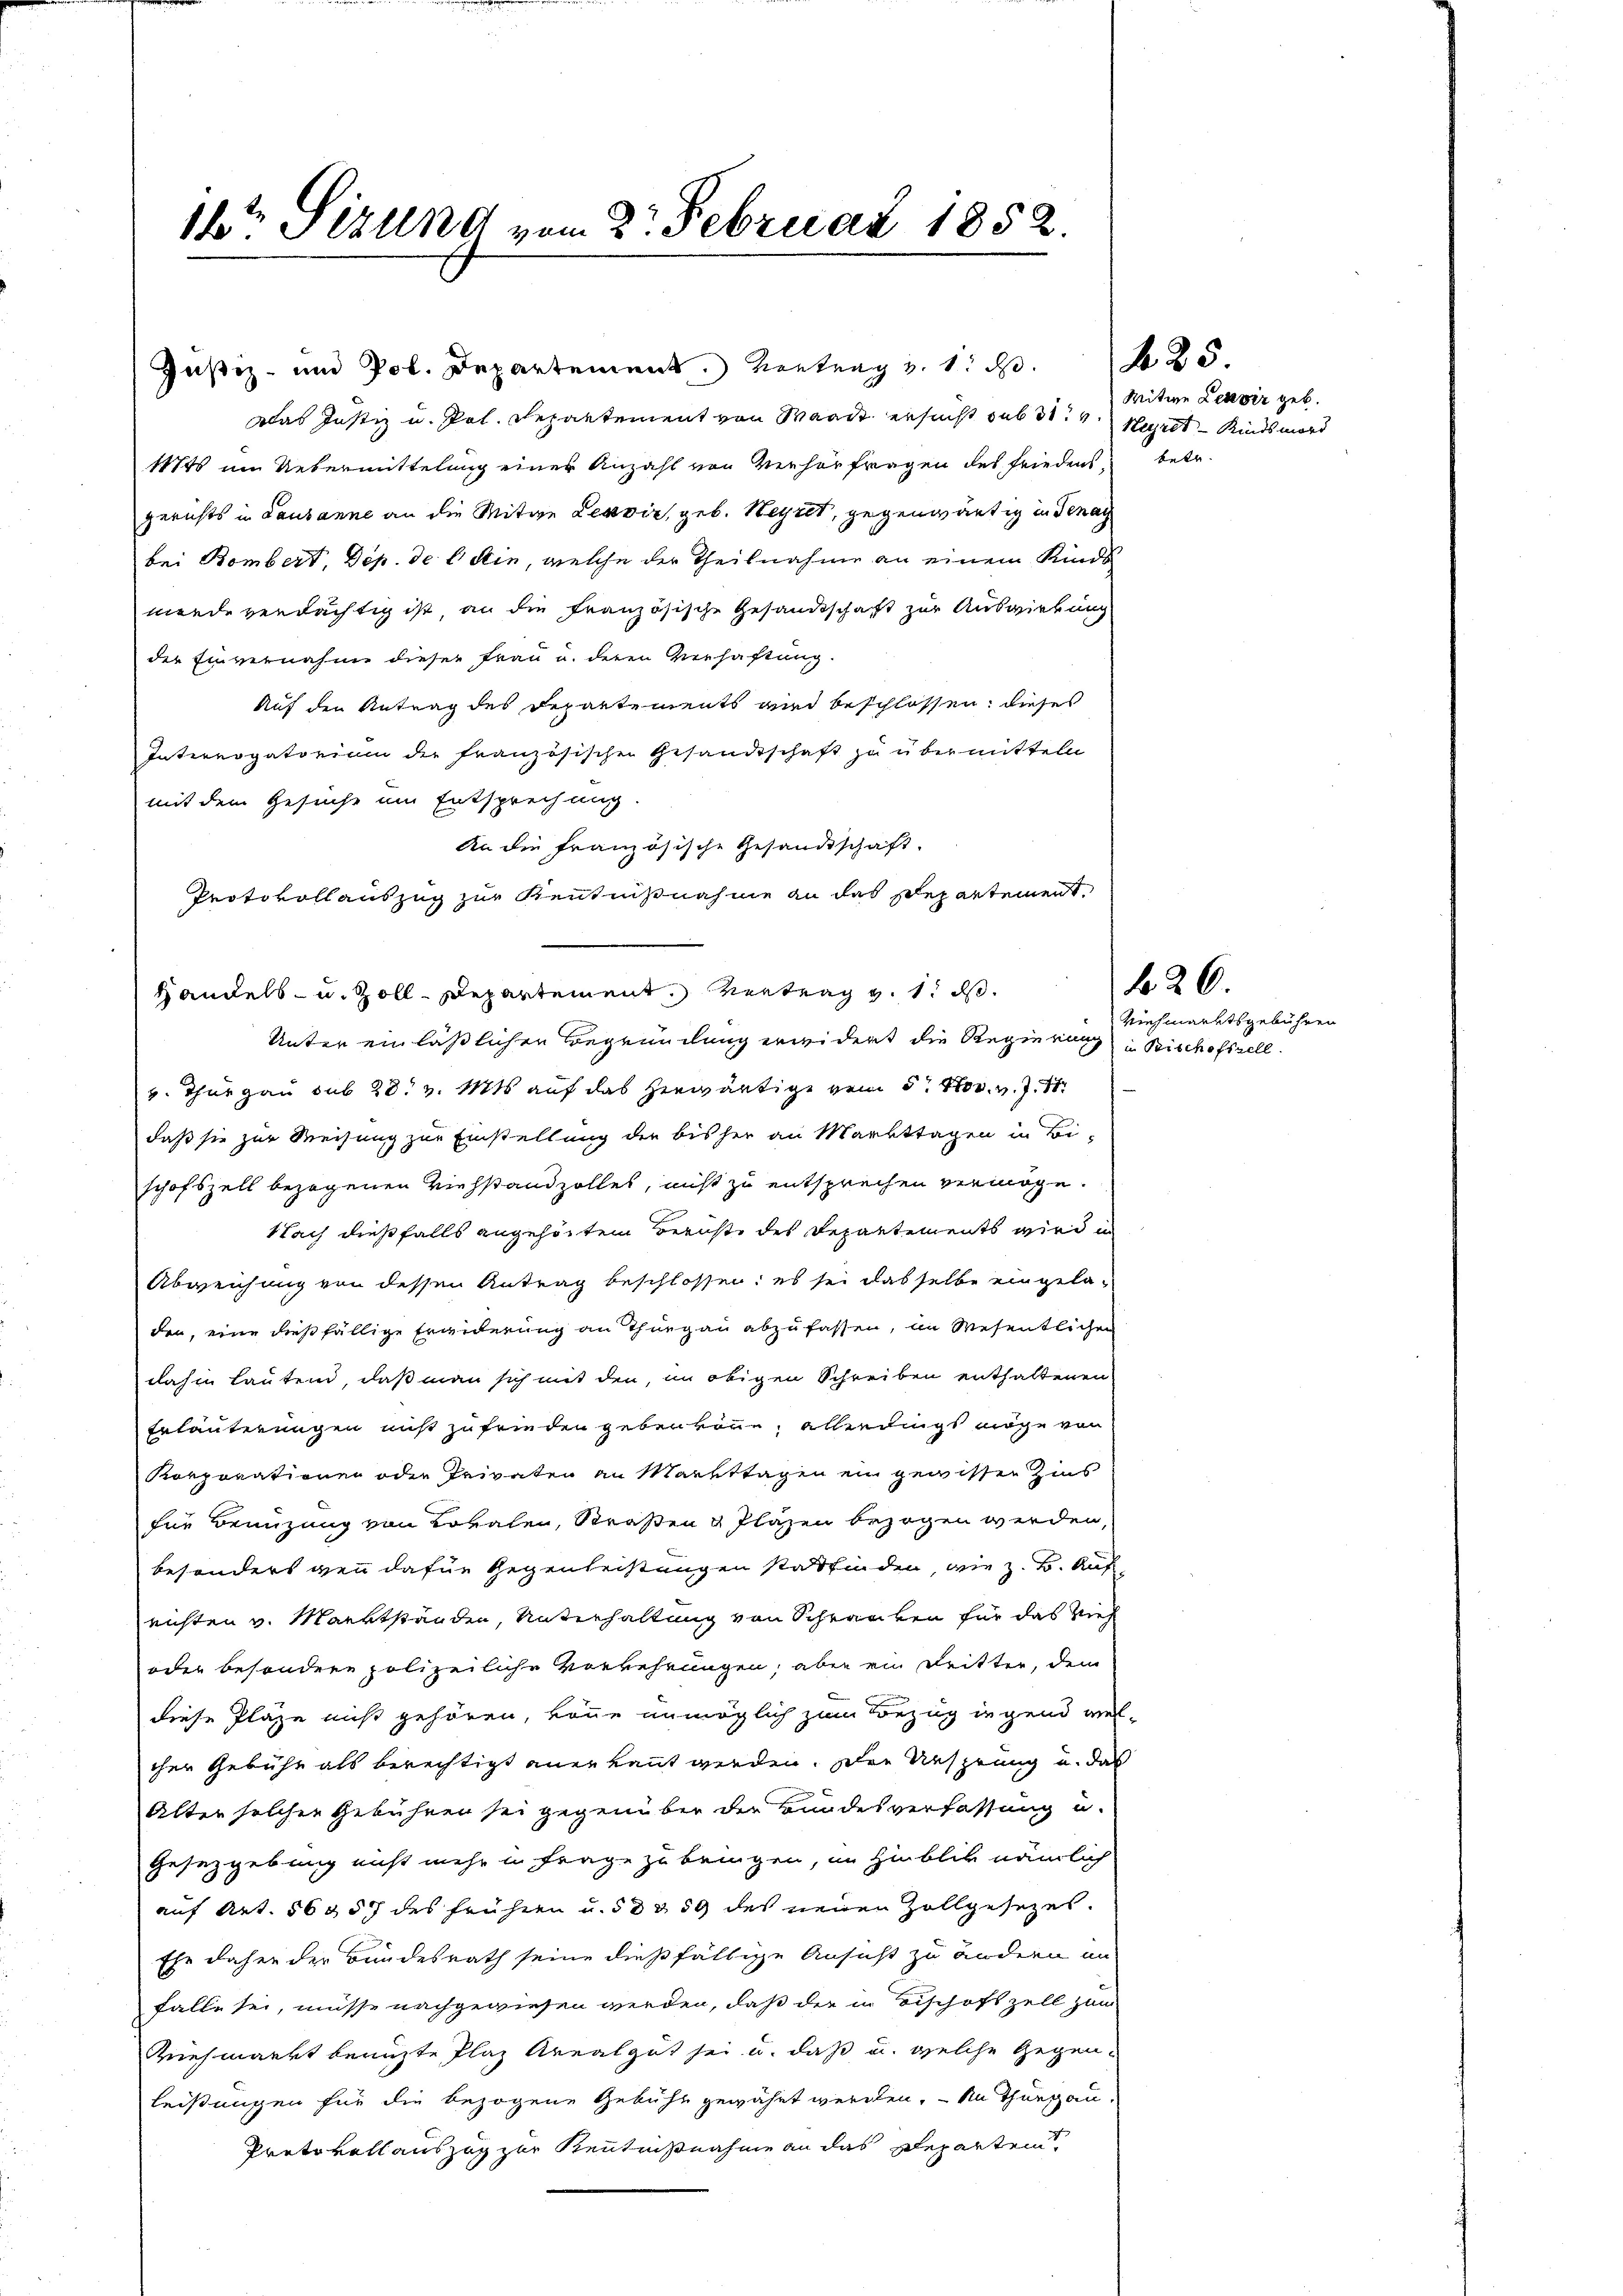
16ten Sizung vom 2. Februar 1852.

Justiz- und Pol. Departement. Vortrag v. 1. d. 25.
Das Justiz u. Pol. Departement von Waadt ersucht sub 3te Herst – Kindsmord
11745 im Uebermittelung einer Anzahl von Verhörfragen des Friedens betr.
gerichts in Lausanne an die Mitwe Tessin, geb. Hegnet, gegenwärtig in Genan
bei Bombert, Dep. de l. die, welche der Theilnahme an einem Kinds
wende verdächtig ist an die Französische Gesandtschaft zur Auswirkung
der Einvernahme dieser Frau u. deren Verhaftung.
Auf den Antrag des Departements wird beschlossen, dieses
Interrogatorium der französischen Gesandtschaft zu übermitteln
mit dem Gesuche um Entsprechung.
An die französische Gesandtschaft.
Protokollauszug zur Kenntnißnahme an das Departement
Handels- u. Zoll-Departement. Vertrag v. 1. ds.
Unter ein lässlichen Begründung erwidert die Regierung in Bischofszell.
v. Thurgau sub 28. v. Mts. auf das herwärtige vom 5. Nov. v. J. 17
daß sie zur Weisung zur Einstellung der bisher an Markttagen in Bi-
schofszell bezogenen Viehstandzolles, nicht zu entsprechen vermöge.
Nach dießfalls angehörtem Beruhte des Departements wird in
Abweichung von dessen Antrag beschlossen: es sei dasselbe eingeladen, eine dießfällige Erinderung an Thurgau abzufassen, im Wesentlichen
dahin lautend, daß man sich mit den, im obigen Schreiben enthaltenen
Erläuterungen nicht zufrieden geben kann, allerdings möge von
Korporationen oder Privaten an Markttagen ein gewissen Zins
für Benuzung von Lokalen, Straßen & Pläzen bezogen werden,
besonders gen dafür Gegenleistungen stattfinden, wie z. B. Auf
richten v. Marktständen, Unterhaltung von Schranken für das Vieh
oder besondere polizeiliche Vorkehrungen, aber ein Dritter, dem
diese Pläze miß gehören, könne unmöglich zum Bezug ingend welcher Gebühr als berechtigt anerkannt werden. Den Ansprung u. das
Alter solchen Gebühren sei gegenüber der Bundesverfassung u.
Gesetzgebung nicht mehr in Frage zu bringen, im Hinblik nämlich
auf Art. 56957 des frühern u. 5 d 359 des neuen Zollgesetzes.
Ehe daher der Bundesrath seine dießfällige Ansicht zu ändern an
falle sei, müsse nachgewiesen werden, daß der in Tischofszell zum
vehmarkt beaufte Plaz Arealgut sei u. daß u. welche Gegenleistungen für die bezogene Gebühl gewährt werden. - An Thurgau.
Protokollauszug zur Kenntnißnahme an das Departen

Witwe Leubir geb.

26.

Viehmarktsgebühren